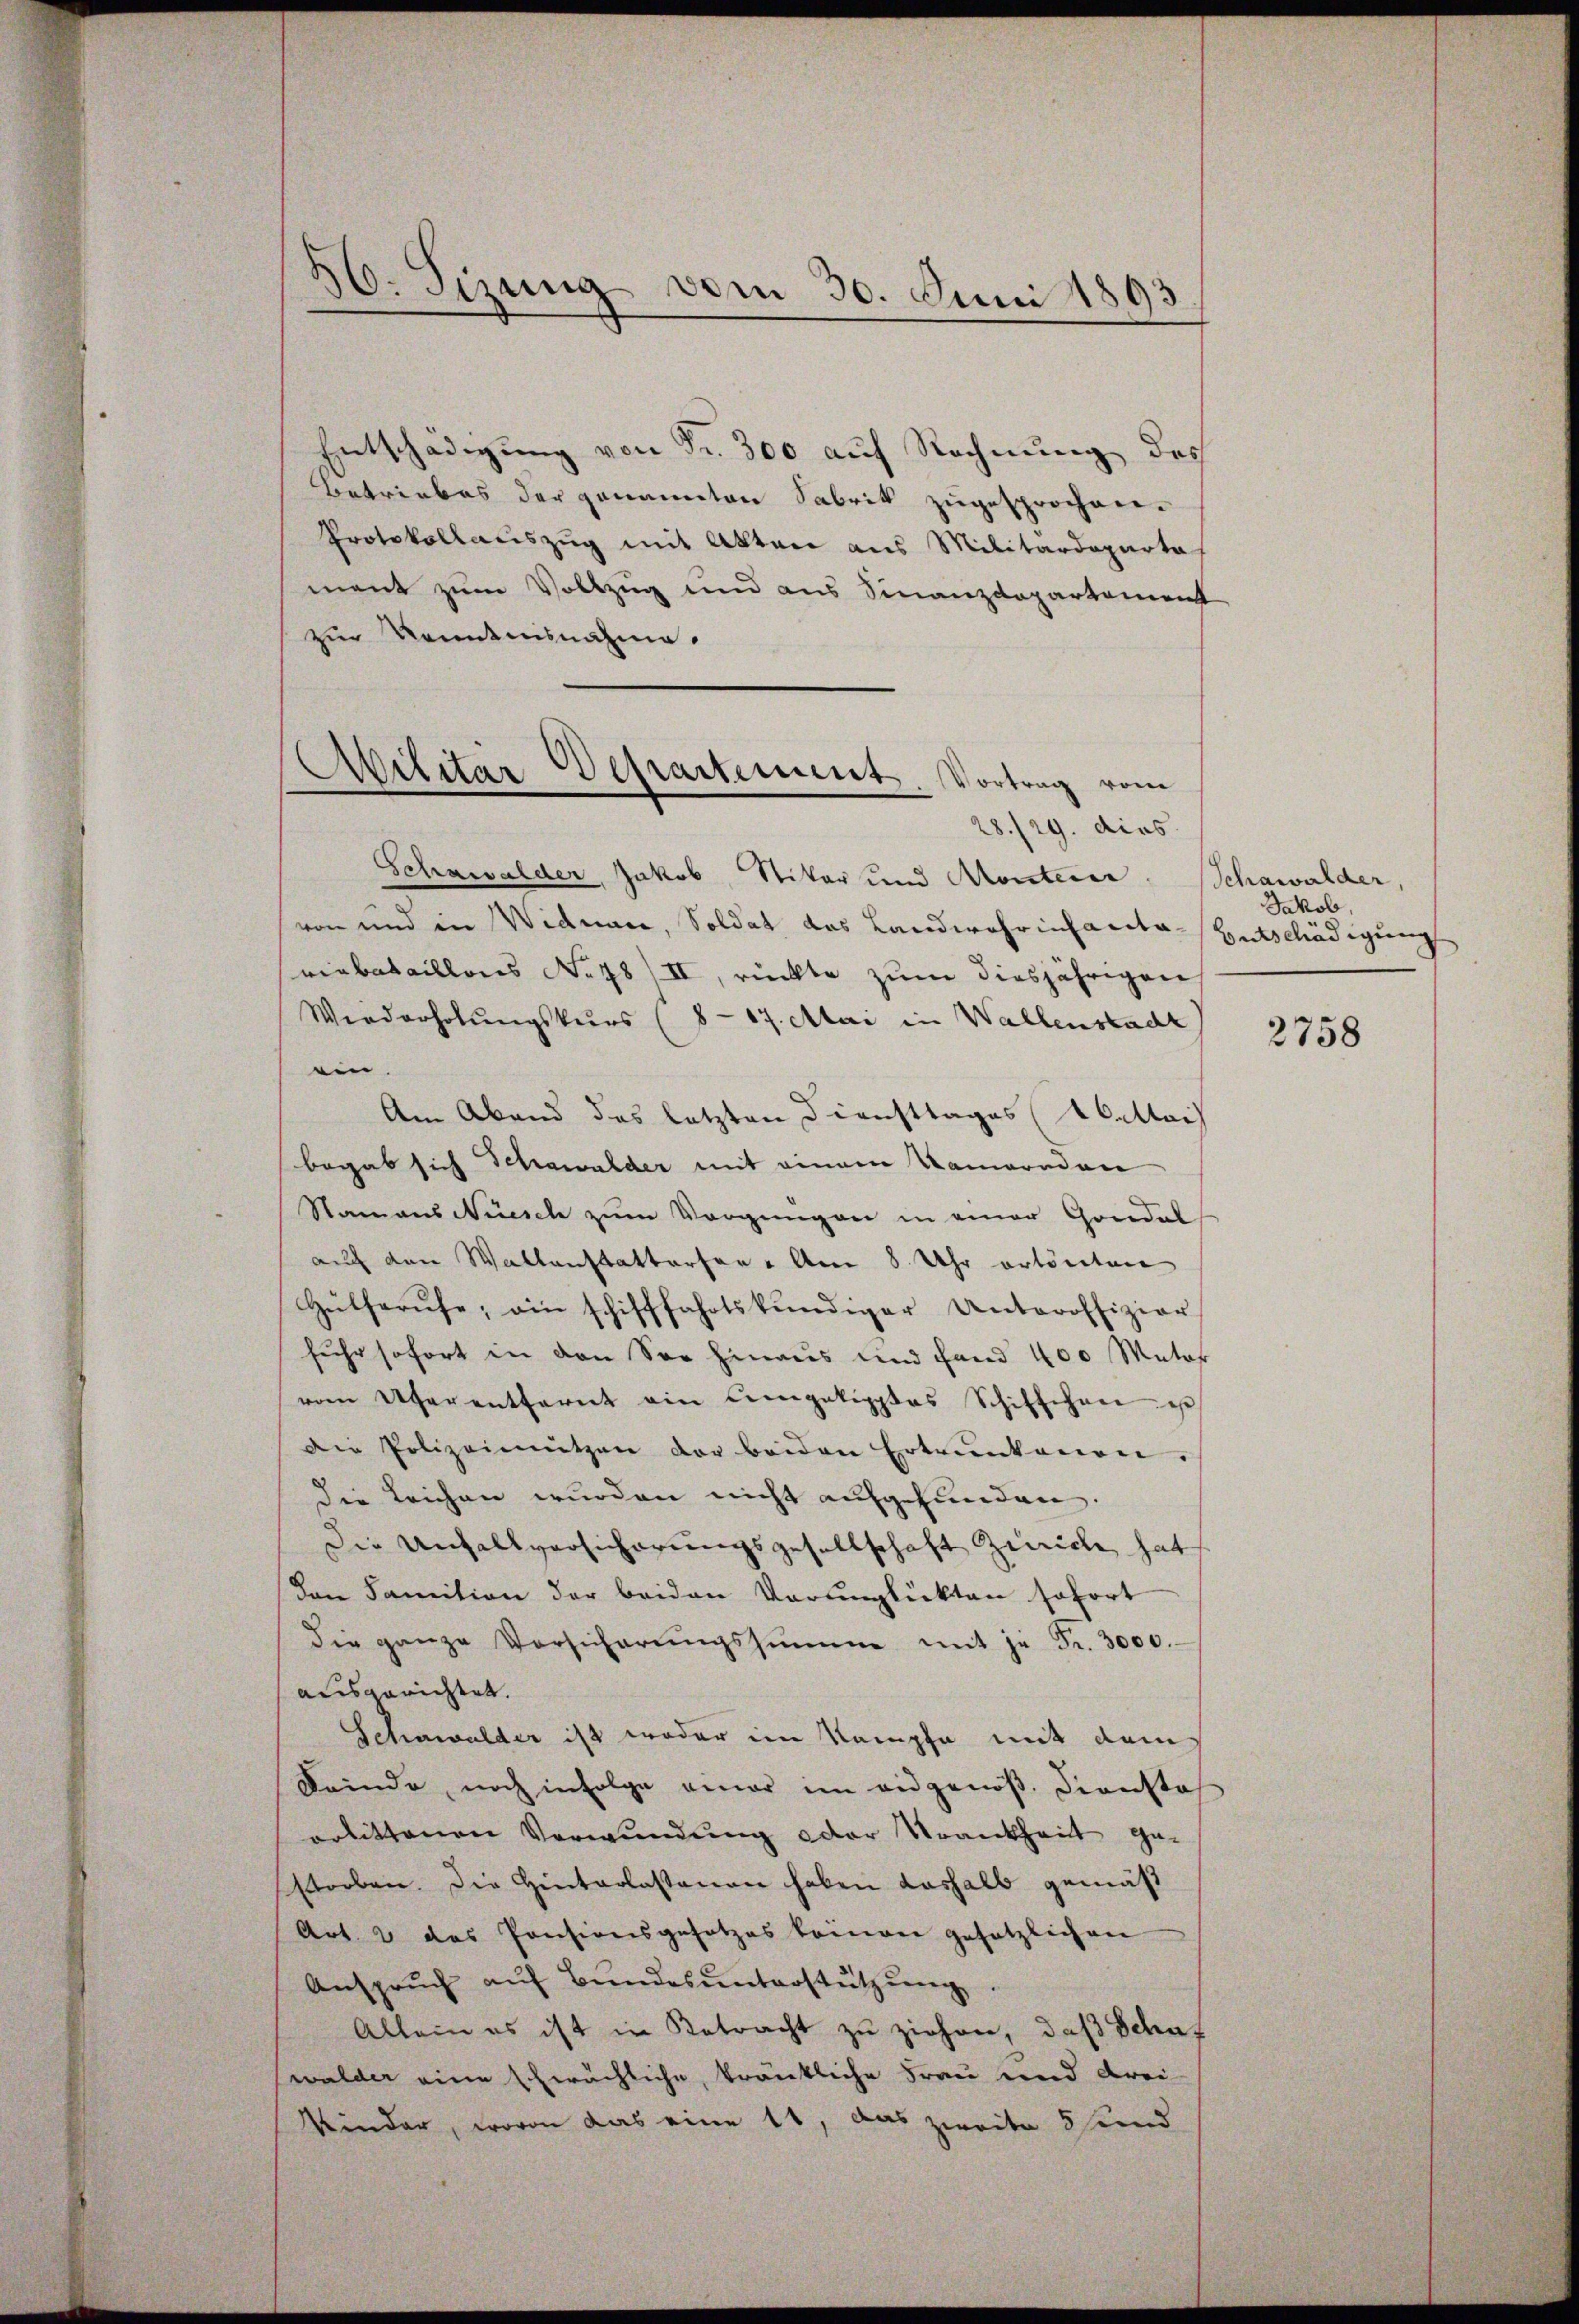
50. Sizung vom 30. Juni 1893

Entschädigung von Fr. 300 auf Rechnung des
Betriebes der genannten Sabrik zugesprochen.
Protokollauszug mit Akten aus Militärdeparta
ment zum Vollzug und aus Finanzdepartement
zur Kenntnisnahme.
Schnwalder, Jakob Vikar und Montern
von und in Widmari, Soldat das Landwehrinfante Entschädigung
riabataillons No 78/II, rückte zum diesjährigen
Wiederholungskurs (8-17. Mai in Wallensbacht
ein.
Am Abend das letzten Diensttages (AC.Mai
begab sich Schawalder mit einem Kameraden
Namaus Nüsch zum Vorgangen in einer Gondel
auch den Wallenstatterfer - Am 8. Uhr ertönten
Hülferŭfe; ein schifffahrtskŭndiger Unteroffizier
fuhr sofort in den See hinaus und fand 400 Mater
vom Ufer entfernt ein Competipptes Schifschen es
Die Polizeinnützen der beiden Ertrunkenen.
die Leichen wurden nicht aufgefunden.
Die Untellversicherungsgesellschaft Zürich hat
Den Sanition der beiden Verŭnglükten sofort
die ganze Vorsicherŭngssumme mit je Fr. 3000.
ausgerichtet.
Schawalder ist weder im Kampfe mit dem
Seide noch infolge einer im eidgenöß. Diensta
erlittenen Verwundung oder Krankheit gestorben. Die Hinterlassenen haben deshalb gemäß
Art. 2 das Pensionsgesetzes keinen gesetzlichen
Ansprŭch aŭf Bŭndes ŭnterstützŭng
Allein es ist in Betracht zu ziehen, daß Schaf
walder eine schwächliche, kränkliche Frau und drei
Kinder, wovon das eine 11, das zweite 5 und

Militär-Departement. Vortrag vom
28./29. dies

Schawalder,
Jakob,

2758